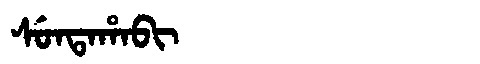
Manchu: ᠰᡠᠨᡨᠠᡥᠠᠪᡳ
Romanization: SUNTAHABI